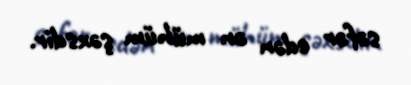
səfər edən ən mühüm şəxsdir.